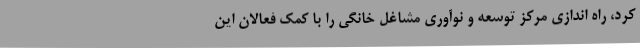
کرد، راه اندازی مرکز توسعه و نوآوری مشاغل خانگی را با کمک فعالان این